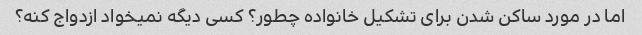
اما در مورد ساکن شدن برای تشکیل خانواده چطور؟ کسی دیگه نمیخواد ازدواج کنه؟